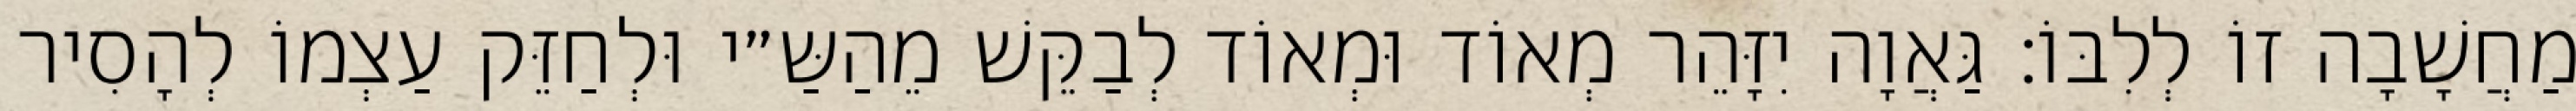
מַחֲשָׁבָה זוֹ לְלִבּוֹ: גַּאֲוָה יִזָּהֵר מְאוֹד וּמְאוֹד לְבַקֵּשׁ מֵהַשַּ״י וּלְחַזֵּק עַצְמוֹ לְהָסִיר